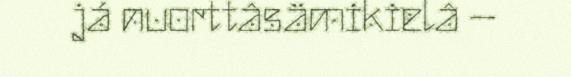
já nuorttâsämikielâ –